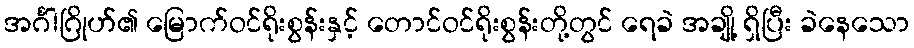
အင်္ဂါဂြိုဟ်၏ မြောက်ဝင်ရိုးစွန်းနှင့် တောင်ဝင်ရိုးစွန်းတို့တွင် ရေခဲ အချို့ ရှိပြီး ခဲနေသော